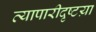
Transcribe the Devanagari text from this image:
व्यापारीदृष्टय़ा